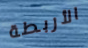
الأربطة